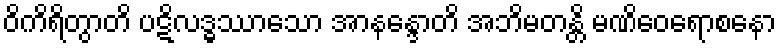
ဝိကိရိတွာတိ ပဋိလဒ္ဓဿာသော အာနန္ဒောတိ အဘိမတန္တိ မဏိဝေရောစနော